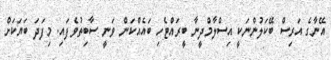
އޭނާގެ އަރިސް ބޭކަލުންނަކީ އިސްލާމްދީނާ ބީރައްޓެހި ބައެއްކަން ވަނީ ސާބިތުވެފައި. މިފަދަ ބަޔަކަށް